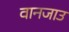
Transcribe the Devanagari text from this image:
वानजाउ